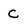
Character: C